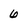
Character: 6